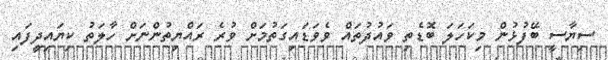
ސިޔާސީ ބޭފުޅުން މިކަހަލަ ބޮޑެތި ވައުދުތައް ވެވަޑައިގަތުމަށް ވުރެ ރައްޔިތުންނަށް ހާލަތު ކިޔައިދީފައި